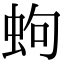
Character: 蚼